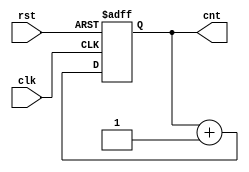

module counter8(clk, rst, cnt);

input clk, rst;
output reg [7:0] cnt;

always @(posedge  clk or posedge rst) begin
    if(rst) begin
        cnt <= 8'b0000_0000;
    end
    else cnt <= cnt + 1;
end
    
endmodule